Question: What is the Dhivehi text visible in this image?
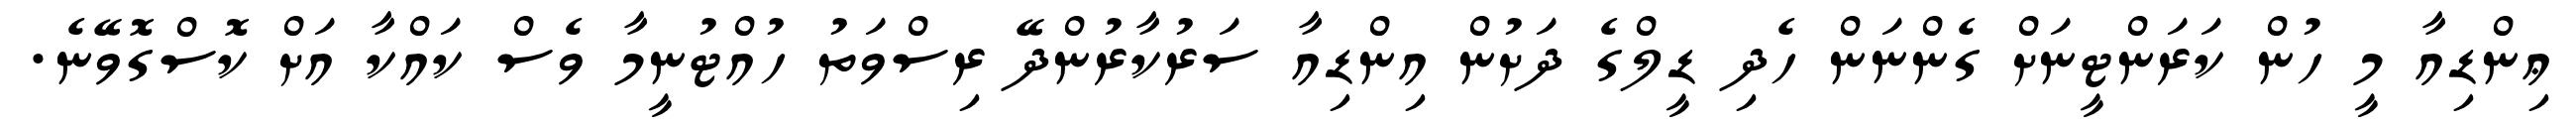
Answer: ޢިންޑިއާ މީ ހުން ކަރަންޓީނަށް ގެންނަން ހެދި ޑީލްގެ ދަށުން އިންޑިއާ ސަރުކާރުންދޭ ރިސްވަތު ހުއްޓުނީމާ ވެސް ކައްކާ އަށް ކޮސްގޮވޭނެ.